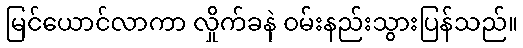
မြင်ယောင်လာကာ လှိုက်ခနဲ ဝမ်းနည်းသွားပြန်သည်။